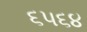
૬૫૬૪